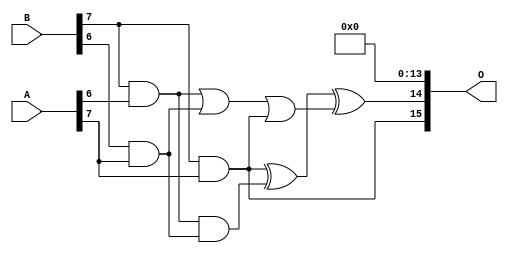
// This program was cloned from: https://github.com/ehw-fit/evoapproxlib
// License: MIT License

/***
* This code is a part of EvoApproxLib library (ehw.fit.vutbr.cz/approxlib) distributed under The MIT License.
* When used, please cite the following article(s): V. Mrazek, Z. Vasicek, L. Sekanina, H. Jiang and J. Han, "Scalable Construction of Approximate Multipliers With Formally Guaranteed Worst Case Error" in IEEE Transactions on Very Large Scale Integration (VLSI) Systems, vol. 26, no. 11, pp. 2572-2576, Nov. 2018. doi: 10.1109/TVLSI.2018.2856362 
* This file contains a circuit from a sub-set of pareto optimal circuits with respect to the pwr and mse parameters
***/
// MAE% = 0.0013 %
// MAE = 54059 
// WCE% = 0.0062 %
// WCE = 266045 
// WCRE% = 300.00 %
// EP% = 99.98 %
// MRE% = 0.083 %
// MSE = 44379.574e5 
// PDK45_PWR = 1.230 mW
// PDK45_AREA = 2044.7 um2
// PDK45_DELAY = 2.90 ns

module mult8_cgp14ep_ep65536_wc16384_2_csamcsa (
    A,
    B,
    O
);

input [7:0] A;
input [7:0] B;
output [15:0] O;

wire sig_225,sig_267,sig_268,sig_299,sig_300,sig_302,sig_328,sig_331;

assign sig_225 = B[7] & A[6];
assign sig_267 = B[6] & A[7];
assign sig_268 = B[7] & A[7];
assign sig_299 = sig_225 | sig_267;
assign sig_300 = sig_225 & sig_267;
assign sig_302 = sig_299 | sig_268;
assign sig_328 = sig_268 ^ sig_300;
assign sig_331 = sig_328 ^ sig_302;

assign O[15] = sig_268;
assign O[14] = sig_331;
assign O[13] = 1'b0;
assign O[12] = 1'b0;
assign O[11] = 1'b0;
assign O[10] = 1'b0;
assign O[9] = 1'b0;
assign O[8] = 1'b0;
assign O[7] = 1'b0;
assign O[6] = 1'b0;
assign O[5] = 1'b0;
assign O[4] = 1'b0;
assign O[3] = 1'b0;
assign O[2] = 1'b0;
assign O[1] = 1'b0;
assign O[0] = 1'b0;

endmodule

module mult8_cgp14ep_ep65536_wc493_rcam (
    A,
    B,
    O
);

input [7:0] A;
input [7:0] B;
output [15:0] O;

wire sig_20,sig_29,sig_31,sig_64,sig_65,sig_71,sig_72,sig_73,sig_75,sig_96,sig_97,sig_101,sig_102,sig_104,sig_105,sig_106,sig_107,sig_109,sig_110,sig_115;
wire sig_116,sig_117,sig_118,sig_136,sig_137,sig_145,sig_146,sig_147,sig_148,sig_149,sig_150,sig_151,sig_152,sig_153,sig_154,sig_155,sig_159,sig_160,sig_161,sig_162;
wire sig_163,sig_176,sig_177,sig_181,sig_182,sig_183,sig_184,sig_185,sig_186,sig_187,sig_188,sig_189,sig_190,sig_191,sig_192,sig_193,sig_194,sig_195,sig_196,sig_197;
wire sig_198,sig_199,sig_200,sig_203,sig_204,sig_205,sig_206,sig_207,sig_208,sig_217,sig_221,sig_222,sig_223,sig_224,sig_225,sig_226,sig_227,sig_228,sig_229,sig_230;
wire sig_231,sig_232,sig_233,sig_234,sig_235,sig_236,sig_237,sig_238,sig_239,sig_240,sig_241,sig_242,sig_243,sig_244,sig_245,sig_247,sig_248,sig_249,sig_250,sig_251;
wire sig_252,sig_253,sig_261,sig_262,sig_266,sig_267,sig_268,sig_269,sig_270,sig_271,sig_272,sig_273,sig_274,sig_275,sig_276,sig_277,sig_278,sig_279,sig_280,sig_281;
wire sig_282,sig_283,sig_284,sig_285,sig_286,sig_287,sig_288,sig_289,sig_290,sig_291,sig_292,sig_293,sig_294,sig_295,sig_296,sig_297,sig_298,sig_299,sig_301,sig_302;
wire sig_303,sig_304,sig_305,sig_306,sig_307,sig_308,sig_309,sig_310,sig_311,sig_312,sig_313,sig_314,sig_315,sig_316,sig_317,sig_318,sig_319,sig_320,sig_321,sig_322;
wire sig_323,sig_324,sig_325,sig_326,sig_327,sig_328,sig_329,sig_330,sig_331,sig_332,sig_333,sig_334,sig_335;

assign sig_20 = B[6] & A[1];
assign sig_29 = B[7] & A[0];
assign sig_31 = B[7] & A[1];
assign sig_64 = sig_29 ^ sig_31;
assign sig_65 = sig_29 & A[1];
assign sig_71 = B[5] & A[2];
assign sig_72 = B[6] & A[2];
assign sig_73 = B[7] & A[2];
assign sig_75 = sig_64 & B[7];
assign sig_96 = sig_20 | sig_71;
assign sig_97 = sig_20 & sig_71;
assign sig_101 = sig_75 ^ sig_72;
assign sig_102 = sig_64 & sig_72;
assign sig_104 = sig_101 ^ sig_97;
assign sig_105 = sig_102 | sig_97;
assign sig_106 = sig_65 ^ sig_73;
assign sig_107 = sig_65 & A[2];
assign sig_109 = sig_106 ^ sig_105;
assign sig_110 = sig_107 | sig_102;
assign sig_115 = B[4] & A[3];
assign sig_116 = B[5] & A[3];
assign sig_117 = B[6] & A[3];
assign sig_118 = B[7] & A[3];
assign sig_136 = sig_96 | sig_115;
assign sig_137 = sig_96 & sig_115;
assign sig_145 = sig_116 | sig_104;
assign sig_146 = sig_109 ^ sig_117;
assign sig_147 = sig_109 & sig_117;
assign sig_148 = sig_146 & sig_145;
assign sig_149 = sig_146 ^ sig_145;
assign sig_150 = sig_147 | sig_148;
assign sig_151 = sig_110 ^ sig_118;
assign sig_152 = sig_110 & A[3];
assign sig_153 = sig_118 & sig_150;
assign sig_154 = sig_151 ^ sig_150;
assign sig_155 = sig_152 | sig_153;
assign sig_159 = B[3] & A[4];
assign sig_160 = B[4] & A[4];
assign sig_161 = B[5] & A[4];
assign sig_162 = B[6] & A[4];
assign sig_163 = B[7] & A[4];
assign sig_176 = sig_136 | A[4];
assign sig_177 = sig_136 & sig_159;
assign sig_181 = sig_137 ^ sig_160;
assign sig_182 = sig_137 & A[4];
assign sig_183 = sig_181 & sig_177;
assign sig_184 = sig_181 ^ sig_177;
assign sig_185 = sig_182 | sig_183;
assign sig_186 = sig_149 ^ sig_161;
assign sig_187 = sig_149 & sig_161;
assign sig_188 = sig_186 & sig_185;
assign sig_189 = sig_186 ^ sig_185;
assign sig_190 = sig_187 | sig_188;
assign sig_191 = sig_154 ^ sig_162;
assign sig_192 = sig_154 & sig_162;
assign sig_193 = sig_191 & sig_190;
assign sig_194 = sig_191 ^ sig_190;
assign sig_195 = sig_192 | sig_193;
assign sig_196 = sig_155 ^ sig_163;
assign sig_197 = sig_155 & A[4];
assign sig_198 = sig_163 & sig_195;
assign sig_199 = sig_196 ^ sig_195;
assign sig_200 = sig_197 | sig_198;
assign sig_203 = B[2] & A[5];
assign sig_204 = B[3] & A[5];
assign sig_205 = B[4] & A[5];
assign sig_206 = B[5] & A[5];
assign sig_207 = B[6] & A[5];
assign sig_208 = B[7] & A[5];
assign sig_217 = sig_176 & sig_203;
assign sig_221 = sig_184 ^ sig_204;
assign sig_222 = sig_184 & sig_204;
assign sig_223 = sig_221 & sig_217;
assign sig_224 = sig_221 ^ sig_217;
assign sig_225 = sig_222 | sig_223;
assign sig_226 = sig_189 ^ sig_205;
assign sig_227 = sig_189 & sig_205;
assign sig_228 = sig_226 & sig_225;
assign sig_229 = sig_226 ^ sig_225;
assign sig_230 = sig_227 | sig_228;
assign sig_231 = sig_194 ^ sig_206;
assign sig_232 = sig_194 & sig_206;
assign sig_233 = sig_231 & sig_230;
assign sig_234 = sig_231 ^ sig_230;
assign sig_235 = sig_232 | sig_233;
assign sig_236 = sig_199 ^ sig_207;
assign sig_237 = sig_199 & sig_207;
assign sig_238 = sig_236 & sig_235;
assign sig_239 = sig_236 ^ sig_235;
assign sig_240 = sig_237 | sig_238;
assign sig_241 = sig_200 ^ sig_208;
assign sig_242 = sig_200 & A[5];
assign sig_243 = B[7] & sig_240;
assign sig_244 = sig_241 ^ sig_240;
assign sig_245 = sig_242 | sig_243;
assign sig_247 = B[1] & A[6];
assign sig_248 = B[2] & A[6];
assign sig_249 = B[3] & A[6];
assign sig_250 = B[4] & A[6];
assign sig_251 = B[5] & A[6];
assign sig_252 = B[6] & A[6];
assign sig_253 = B[7] & A[6];
assign sig_261 = sig_224 ^ sig_248;
assign sig_262 = sig_224 & sig_248;
assign sig_266 = sig_229 ^ sig_249;
assign sig_267 = sig_229 & sig_249;
assign sig_268 = sig_266 & sig_262;
assign sig_269 = sig_266 ^ sig_262;
assign sig_270 = sig_267 | sig_268;
assign sig_271 = sig_234 ^ sig_250;
assign sig_272 = sig_234 & sig_250;
assign sig_273 = sig_271 & sig_270;
assign sig_274 = sig_271 ^ sig_270;
assign sig_275 = sig_272 | sig_273;
assign sig_276 = sig_239 ^ sig_251;
assign sig_277 = sig_239 & sig_251;
assign sig_278 = sig_276 & sig_275;
assign sig_279 = sig_276 ^ sig_275;
assign sig_280 = sig_277 | sig_278;
assign sig_281 = sig_244 ^ sig_252;
assign sig_282 = sig_244 & sig_252;
assign sig_283 = sig_281 & sig_280;
assign sig_284 = sig_281 ^ sig_280;
assign sig_285 = sig_282 | sig_283;
assign sig_286 = sig_245 ^ sig_253;
assign sig_287 = sig_245 & sig_253;
assign sig_288 = B[7] & sig_285;
assign sig_289 = sig_286 ^ sig_285;
assign sig_290 = sig_287 | sig_288;
assign sig_291 = B[0] & A[7];
assign sig_292 = B[1] & A[7];
assign sig_293 = B[2] & A[7];
assign sig_294 = B[3] & A[7];
assign sig_295 = B[4] & A[7];
assign sig_296 = B[5] & A[7];
assign sig_297 = B[6] & A[7];
assign sig_298 = B[7] & A[7];
assign sig_299 = sig_247 ^ sig_291;
assign sig_301 = sig_261 ^ sig_292;
assign sig_302 = sig_261 & sig_292;
assign sig_303 = sig_247 & sig_291;
assign sig_304 = sig_301 ^ sig_303;
assign sig_305 = sig_302 | sig_303;
assign sig_306 = sig_269 ^ sig_293;
assign sig_307 = sig_269 & sig_293;
assign sig_308 = sig_306 & sig_305;
assign sig_309 = sig_306 ^ sig_305;
assign sig_310 = sig_307 | sig_308;
assign sig_311 = sig_274 ^ sig_294;
assign sig_312 = sig_274 & sig_294;
assign sig_313 = sig_311 & sig_310;
assign sig_314 = sig_311 ^ sig_310;
assign sig_315 = sig_312 | sig_313;
assign sig_316 = sig_279 ^ sig_295;
assign sig_317 = sig_279 & sig_295;
assign sig_318 = sig_316 & sig_315;
assign sig_319 = sig_316 ^ sig_315;
assign sig_320 = sig_317 | sig_318;
assign sig_321 = sig_284 ^ sig_296;
assign sig_322 = sig_284 & sig_296;
assign sig_323 = sig_321 & sig_320;
assign sig_324 = sig_321 ^ sig_320;
assign sig_325 = sig_322 | sig_323;
assign sig_326 = sig_289 ^ sig_297;
assign sig_327 = sig_289 & sig_297;
assign sig_328 = sig_326 & sig_325;
assign sig_329 = sig_326 ^ sig_325;
assign sig_330 = sig_327 | sig_328;
assign sig_331 = sig_290 ^ sig_298;
assign sig_332 = sig_290 & sig_298;
assign sig_333 = B[7] & sig_330;
assign sig_334 = sig_331 ^ sig_330;
assign sig_335 = sig_332 | sig_333;

assign O[15] = sig_335;
assign O[14] = sig_334;
assign O[13] = sig_329;
assign O[12] = sig_324;
assign O[11] = sig_319;
assign O[10] = sig_314;
assign O[9] = sig_309;
assign O[8] = sig_304;
assign O[7] = sig_299;
assign O[6] = sig_247;
assign O[5] = sig_177;
assign O[4] = sig_136;
assign O[3] = sig_262;
assign O[2] = sig_262;
assign O[1] = sig_200;
assign O[0] = sig_277;

endmodule



module mul8_364(A, B, O);
  input [7:0] A;
  input [7:0] B;
  output [15:0] O;
  wire [2031:0] N;

  assign N[0] = A[0];
  assign N[1] = A[0];
  assign N[2] = A[1];
  assign N[3] = A[1];
  assign N[4] = A[2];
  assign N[5] = A[2];
  assign N[6] = A[3];
  assign N[7] = A[3];
  assign N[8] = A[4];
  assign N[9] = A[4];
  assign N[10] = A[5];
  assign N[11] = A[5];
  assign N[12] = A[6];
  assign N[13] = A[6];
  assign N[14] = A[7];
  assign N[15] = A[7];
  assign N[16] = B[0];
  assign N[17] = B[0];
  assign N[18] = B[1];
  assign N[19] = B[1];
  assign N[20] = B[2];
  assign N[21] = B[2];
  assign N[22] = B[3];
  assign N[23] = B[3];
  assign N[24] = B[4];
  assign N[25] = B[4];
  assign N[26] = B[5];
  assign N[27] = B[5];
  assign N[28] = B[6];
  assign N[29] = B[6];
  assign N[30] = B[7];
  assign N[31] = B[7];

  PDKGENAND2X1 n32(.A(N[0]), .B(N[16]), .Y(N[32]));
  PDKGENAND2X1 n48(.A(N[2]), .B(N[16]), .Y(N[48]));
  PDKGENAND2X1 n64(.A(N[4]), .B(N[16]), .Y(N[64]));
  PDKGENAND2X1 n82(.A(N[6]), .B(N[16]), .Y(N[82]));
  PDKGENAND2X1 n98(.A(N[8]), .B(N[16]), .Y(N[98]));
  PDKGENAND2X1 n114(.A(N[10]), .B(N[16]), .Y(N[114]));
  PDKGENAND2X1 n132(.A(N[12]), .B(N[16]), .Y(N[132]));
  PDKGENAND2X1 n148(.A(N[14]), .B(N[16]), .Y(N[148]));
  assign N[149] = N[148];
  PDKGENAND2X1 n164(.A(N[0]), .B(N[18]), .Y(N[164]));
  PDKGENBUFX2 n166(.A(N[149]), .Y(N[166]));
  assign N[167] = N[166];
  PDKGENAND2X1 n182(.A(N[2]), .B(N[18]), .Y(N[182]));
  PDKGENAND2X1 n198(.A(N[4]), .B(N[18]), .Y(N[198]));
  PDKGENAND2X1 n214(.A(N[6]), .B(N[18]), .Y(N[214]));
  PDKGENAND2X1 n232(.A(N[8]), .B(N[18]), .Y(N[232]));
  PDKGENAND2X1 n248(.A(N[10]), .B(N[18]), .Y(N[248]));
  PDKGENAND2X1 n264(.A(N[12]), .B(N[18]), .Y(N[264]));
  PDKGENAND2X1 n282(.A(N[14]), .B(N[18]), .Y(N[282]));
  PDKGENHAX1 n298(.A(N[48]), .B(N[164]), .YS(N[298]), .YC(N[299]));
  PDKGENHAX1 n314(.A(N[64]), .B(N[182]), .YS(N[314]), .YC(N[315]));
  PDKGENHAX1 n332(.A(N[82]), .B(N[198]), .YS(N[332]), .YC(N[333]));
  PDKGENHAX1 n348(.A(N[98]), .B(N[214]), .YS(N[348]), .YC(N[349]));
  PDKGENHAX1 n364(.A(N[114]), .B(N[232]), .YS(N[364]), .YC(N[365]));
  PDKGENHAX1 n382(.A(N[132]), .B(N[248]), .YS(N[382]), .YC(N[383]));
  PDKGENHAX1 n398(.A(N[167]), .B(N[264]), .YS(N[398]), .YC(N[399]));
  PDKGENAND2X1 n414(.A(N[0]), .B(N[20]), .Y(N[414]));
  PDKGENAND2X1 n432(.A(N[2]), .B(N[20]), .Y(N[432]));
  PDKGENAND2X1 n448(.A(N[4]), .B(N[20]), .Y(N[448]));
  PDKGENAND2X1 n464(.A(N[6]), .B(N[20]), .Y(N[464]));
  PDKGENAND2X1 n482(.A(N[8]), .B(N[20]), .Y(N[482]));
  PDKGENAND2X1 n498(.A(N[10]), .B(N[20]), .Y(N[498]));
  PDKGENAND2X1 n514(.A(N[12]), .B(N[20]), .Y(N[514]));
  PDKGENAND2X1 n532(.A(N[14]), .B(N[20]), .Y(N[532]));
  PDKGENFAX1 n548(.A(N[314]), .B(N[414]), .C(N[299]), .YS(N[548]), .YC(N[549]));
  PDKGENFAX1 n564(.A(N[332]), .B(N[432]), .C(N[315]), .YS(N[564]), .YC(N[565]));
  PDKGENFAX1 n582(.A(N[348]), .B(N[448]), .C(N[333]), .YS(N[582]), .YC(N[583]));
  PDKGENFAX1 n598(.A(N[364]), .B(N[464]), .C(N[349]), .YS(N[598]), .YC(N[599]));
  PDKGENFAX1 n614(.A(N[382]), .B(N[482]), .C(N[365]), .YS(N[614]), .YC(N[615]));
  PDKGENFAX1 n632(.A(N[398]), .B(N[498]), .C(N[383]), .YS(N[632]), .YC(N[633]));
  PDKGENFAX1 n648(.A(N[282]), .B(N[514]), .C(N[399]), .YS(N[648]), .YC(N[649]));
  PDKGENAND2X1 n664(.A(N[0]), .B(N[22]), .Y(N[664]));
  PDKGENAND2X1 n682(.A(N[2]), .B(N[22]), .Y(N[682]));
  PDKGENAND2X1 n698(.A(N[4]), .B(N[22]), .Y(N[698]));
  PDKGENAND2X1 n714(.A(N[6]), .B(N[22]), .Y(N[714]));
  PDKGENAND2X1 n732(.A(N[8]), .B(N[22]), .Y(N[732]));
  PDKGENAND2X1 n748(.A(N[10]), .B(N[22]), .Y(N[748]));
  PDKGENAND2X1 n764(.A(N[12]), .B(N[22]), .Y(N[764]));
  PDKGENAND2X1 n782(.A(N[14]), .B(N[22]), .Y(N[782]));
  PDKGENFAX1 n798(.A(N[564]), .B(N[664]), .C(N[549]), .YS(N[798]), .YC(N[799]));
  PDKGENFAX1 n814(.A(N[582]), .B(N[682]), .C(N[565]), .YS(N[814]), .YC(N[815]));
  PDKGENFAX1 n832(.A(N[598]), .B(N[698]), .C(N[583]), .YS(N[832]), .YC(N[833]));
  PDKGENFAX1 n848(.A(N[614]), .B(N[714]), .C(N[599]), .YS(N[848]), .YC(N[849]));
  PDKGENFAX1 n864(.A(N[632]), .B(N[732]), .C(N[615]), .YS(N[864]), .YC(N[865]));
  PDKGENFAX1 n882(.A(N[648]), .B(N[748]), .C(N[633]), .YS(N[882]), .YC(N[883]));
  PDKGENFAX1 n898(.A(N[532]), .B(N[764]), .C(N[649]), .YS(N[898]), .YC(N[899]));
  PDKGENAND2X1 n914(.A(N[0]), .B(N[24]), .Y(N[914]));
  PDKGENAND2X1 n932(.A(N[2]), .B(N[24]), .Y(N[932]));
  PDKGENAND2X1 n948(.A(N[4]), .B(N[24]), .Y(N[948]));
  PDKGENAND2X1 n964(.A(N[6]), .B(N[24]), .Y(N[964]));
  PDKGENAND2X1 n982(.A(N[8]), .B(N[24]), .Y(N[982]));
  PDKGENAND2X1 n998(.A(N[10]), .B(N[24]), .Y(N[998]));
  PDKGENAND2X1 n1014(.A(N[12]), .B(N[24]), .Y(N[1014]));
  PDKGENAND2X1 n1032(.A(N[14]), .B(N[24]), .Y(N[1032]));
  PDKGENFAX1 n1048(.A(N[814]), .B(N[914]), .C(N[799]), .YS(N[1048]), .YC(N[1049]));
  PDKGENFAX1 n1064(.A(N[832]), .B(N[932]), .C(N[815]), .YS(N[1064]), .YC(N[1065]));
  PDKGENFAX1 n1082(.A(N[848]), .B(N[948]), .C(N[833]), .YS(N[1082]), .YC(N[1083]));
  PDKGENFAX1 n1098(.A(N[864]), .B(N[964]), .C(N[849]), .YS(N[1098]), .YC(N[1099]));
  PDKGENFAX1 n1114(.A(N[882]), .B(N[982]), .C(N[865]), .YS(N[1114]), .YC(N[1115]));
  PDKGENFAX1 n1132(.A(N[898]), .B(N[998]), .C(N[883]), .YS(N[1132]), .YC(N[1133]));
  PDKGENFAX1 n1148(.A(N[782]), .B(N[1014]), .C(N[899]), .YS(N[1148]), .YC(N[1149]));
  PDKGENAND2X1 n1164(.A(N[0]), .B(N[26]), .Y(N[1164]));
  PDKGENAND2X1 n1182(.A(N[2]), .B(N[26]), .Y(N[1182]));
  PDKGENAND2X1 n1198(.A(N[4]), .B(N[26]), .Y(N[1198]));
  PDKGENAND2X1 n1214(.A(N[6]), .B(N[26]), .Y(N[1214]));
  PDKGENAND2X1 n1232(.A(N[8]), .B(N[26]), .Y(N[1232]));
  PDKGENAND2X1 n1248(.A(N[10]), .B(N[26]), .Y(N[1248]));
  PDKGENAND2X1 n1264(.A(N[12]), .B(N[26]), .Y(N[1264]));
  PDKGENAND2X1 n1282(.A(N[14]), .B(N[26]), .Y(N[1282]));
  PDKGENFAX1 n1298(.A(N[1064]), .B(N[1164]), .C(N[1049]), .YS(N[1298]), .YC(N[1299]));
  PDKGENFAX1 n1314(.A(N[1082]), .B(N[1182]), .C(N[1065]), .YS(N[1314]), .YC(N[1315]));
  PDKGENFAX1 n1332(.A(N[1098]), .B(N[1198]), .C(N[1083]), .YS(N[1332]), .YC(N[1333]));
  PDKGENFAX1 n1348(.A(N[1114]), .B(N[1214]), .C(N[1099]), .YS(N[1348]), .YC(N[1349]));
  PDKGENFAX1 n1364(.A(N[1132]), .B(N[1232]), .C(N[1115]), .YS(N[1364]), .YC(N[1365]));
  PDKGENFAX1 n1382(.A(N[1148]), .B(N[1248]), .C(N[1133]), .YS(N[1382]), .YC(N[1383]));
  PDKGENFAX1 n1398(.A(N[1032]), .B(N[1264]), .C(N[1149]), .YS(N[1398]), .YC(N[1399]));
  PDKGENAND2X1 n1414(.A(N[0]), .B(N[28]), .Y(N[1414]));
  PDKGENAND2X1 n1432(.A(N[2]), .B(N[28]), .Y(N[1432]));
  PDKGENAND2X1 n1448(.A(N[4]), .B(N[28]), .Y(N[1448]));
  PDKGENAND2X1 n1464(.A(N[6]), .B(N[28]), .Y(N[1464]));
  PDKGENAND2X1 n1482(.A(N[8]), .B(N[28]), .Y(N[1482]));
  PDKGENAND2X1 n1498(.A(N[10]), .B(N[28]), .Y(N[1498]));
  PDKGENAND2X1 n1514(.A(N[12]), .B(N[28]), .Y(N[1514]));
  PDKGENAND2X1 n1532(.A(N[14]), .B(N[28]), .Y(N[1532]));
  PDKGENFAX1 n1548(.A(N[1314]), .B(N[1414]), .C(N[1299]), .YS(N[1548]), .YC(N[1549]));
  PDKGENFAX1 n1564(.A(N[1332]), .B(N[1432]), .C(N[1315]), .YS(N[1564]), .YC(N[1565]));
  PDKGENFAX1 n1582(.A(N[1348]), .B(N[1448]), .C(N[1333]), .YS(N[1582]), .YC(N[1583]));
  PDKGENFAX1 n1598(.A(N[1364]), .B(N[1464]), .C(N[1349]), .YS(N[1598]), .YC(N[1599]));
  PDKGENFAX1 n1614(.A(N[1382]), .B(N[1482]), .C(N[1365]), .YS(N[1614]), .YC(N[1615]));
  PDKGENFAX1 n1632(.A(N[1398]), .B(N[1498]), .C(N[1383]), .YS(N[1632]), .YC(N[1633]));
  PDKGENFAX1 n1648(.A(N[1282]), .B(N[1514]), .C(N[1399]), .YS(N[1648]), .YC(N[1649]));
  PDKGENAND2X1 n1664(.A(N[0]), .B(N[30]), .Y(N[1664]));
  PDKGENAND2X1 n1682(.A(N[2]), .B(N[30]), .Y(N[1682]));
  PDKGENAND2X1 n1698(.A(N[4]), .B(N[30]), .Y(N[1698]));
  PDKGENAND2X1 n1714(.A(N[6]), .B(N[30]), .Y(N[1714]));
  PDKGENAND2X1 n1732(.A(N[8]), .B(N[30]), .Y(N[1732]));
  PDKGENAND2X1 n1748(.A(N[10]), .B(N[30]), .Y(N[1748]));
  PDKGENAND2X1 n1764(.A(N[12]), .B(N[30]), .Y(N[1764]));
  PDKGENAND2X1 n1782(.A(N[14]), .B(N[30]), .Y(N[1782]));
  PDKGENFAX1 n1798(.A(N[1564]), .B(N[1664]), .C(N[1549]), .YS(N[1798]), .YC(N[1799]));
  PDKGENFAX1 n1814(.A(N[1582]), .B(N[1682]), .C(N[1565]), .YS(N[1814]), .YC(N[1815]));
  PDKGENFAX1 n1832(.A(N[1598]), .B(N[1698]), .C(N[1583]), .YS(N[1832]), .YC(N[1833]));
  PDKGENFAX1 n1848(.A(N[1614]), .B(N[1714]), .C(N[1599]), .YS(N[1848]), .YC(N[1849]));
  PDKGENFAX1 n1864(.A(N[1632]), .B(N[1732]), .C(N[1615]), .YS(N[1864]), .YC(N[1865]));
  PDKGENFAX1 n1882(.A(N[1648]), .B(N[1748]), .C(N[1633]), .YS(N[1882]), .YC(N[1883]));
  PDKGENFAX1 n1898(.A(N[1532]), .B(N[1764]), .C(N[1649]), .YS(N[1898]), .YC(N[1899]));
  PDKGENHAX1 n1914(.A(N[1814]), .B(N[1799]), .YS(N[1914]), .YC(N[1915]));
  PDKGENFAX1 n1932(.A(N[1832]), .B(N[1815]), .C(N[1915]), .YS(N[1932]), .YC(N[1933]));
  PDKGENFAX1 n1948(.A(N[1848]), .B(N[1833]), .C(N[1933]), .YS(N[1948]), .YC(N[1949]));
  PDKGENFAX1 n1964(.A(N[1864]), .B(N[1849]), .C(N[1949]), .YS(N[1964]), .YC(N[1965]));
  PDKGENFAX1 n1982(.A(N[1882]), .B(N[1865]), .C(N[1965]), .YS(N[1982]), .YC(N[1983]));
  PDKGENFAX1 n1998(.A(N[1898]), .B(N[1883]), .C(N[1983]), .YS(N[1998]), .YC(N[1999]));
  PDKGENFAX1 n2014(.A(N[1782]), .B(N[1899]), .C(N[1999]), .YS(N[2014]), .YC(N[2015]));

  assign O[0] = N[32];
  assign O[1] = N[298];
  assign O[2] = N[548];
  assign O[3] = N[798];
  assign O[4] = N[1048];
  assign O[5] = N[1298];
  assign O[6] = N[1548];
  assign O[7] = N[1798];
  assign O[8] = N[1914];
  assign O[9] = N[1932];
  assign O[10] = N[1948];
  assign O[11] = N[1964];
  assign O[12] = N[1982];
  assign O[13] = N[1998];
  assign O[14] = N[2014];
  assign O[15] = N[2015];

endmodule

module CLA32bit(a,b,c_in,sum,c_out);

input [31:0]a,b;
input c_in;
output [31:0]sum;
output c_out;

wire [31:0] sum_out,  p,  g;
wire [7:0] PPP, GGG;
wire [8:0] CC;

assign p[31:0] = a[31:0] ^ b[31:0];
assign g[31:0] = a[31:0] & b[31:0];

assign PPP[0]= p [3] & p [2] & p [1] & p [0];
assign PPP[1]= p [7] & p [6] & p [5] & p [4];
assign PPP[2]= p[11] & p[10] & p [9] & p [8];
assign PPP[3]= p[15] & p[14] & p[13] & p[12];
assign PPP[4]= p[19] & p[18] & p[17] & p[16];
assign PPP[5]= p[23] & p[22] & p[21] & p[20];
assign PPP[6]= p[27] & p[26] & p[25] & p[24];
assign PPP[7]= p[31] & p[30] & p[29] & p[28];

assign GGG[0]= g[3]  | (p [3] & g [2])  | (p [3] & p [2] & g [1])  | (p [3] & p [2] & p [1] & g [0]) ;
assign GGG[1]= g[7]  | (p [7] & g [6])  | (p [7] & p [6] & g [5])  | (p [7] & p [6] & p [5] & g [4]);
assign GGG[2]= g[11] | (p[11] & g[10])  | (p[11] & p[10] & g [9])  | (p[11] & p[10] & p [9] & g [8]);
assign GGG[3]= g[15] | (p[15] & g[14])  | (p[15] & p[14] & g[13])  | (p[15] & p[14] & p[13] & g[12]);
assign GGG[4]= g[19] | (p[19] & g[18])  | (p[19] & p[18] & g[17])  | (p[19] & p[18] & p[17] & g[16]);
assign GGG[5]= g[23] | (p[23] & g[22])  | (p[23] & p[22] & g[21])  | (p[23] & p[22] & p[21] & g[20]);
assign GGG[6]= g[27] | (p[27] & g[26])  | (p[27] & p[26] & g[25])  | (p[27] & p[26] & p[25] & g[24]);
assign GGG[7]= g[31] | (p[31] & g[30])  | (p[31] & p[30] & g[29])  | (p[31] & p[30] & p[29] & g[28]);
assign CC[0] = c_in;
assign CC[1] = GGG[0]  |  PPP[0]&  CC[0];
assign CC[2] = GGG[1]  |  PPP[1]&GGG[0]  |  PPP[1]&PPP[0]&  CC[0];
assign CC[3] = GGG[2]  |  PPP[2]&GGG[1]  |  PPP[2]&PPP[1]&GGG[0]  |  PPP[2]&PPP[1]&PPP[0]&  CC[0];
assign CC[4] = GGG[3]  |  PPP[3]&GGG[2]  |  PPP[3]&PPP[2]&GGG[1]  |  PPP[3]&PPP[2]&PPP[1]&GGG[0]  |  PPP[3]&PPP[2]&PPP[1]&PPP[0]&  CC[0];
assign CC[5] = GGG[4]  |  PPP[4]&GGG[3]  |  PPP[4]&PPP[3]&GGG[2]  |  PPP[4]&PPP[3]&PPP[2]&GGG[1]  |  PPP[4]&PPP[3]&PPP[2]&PPP[1]&GGG[0] |  PPP[4]&PPP[3]&PPP[2]&PPP[1]&PPP[0]&  CC[0];
assign CC[6] = GGG[5]  |  PPP[5]&GGG[4]  |  PPP[5]&PPP[4]&GGG[3]  |  PPP[5]&PPP[4]&PPP[3]&GGG[2]  |  PPP[5]&PPP[4]&PPP[3]&PPP[2]&GGG[1] |  PPP[5]&PPP[4]&PPP[3]&PPP[2]&PPP[1]&GGG[0] |  PPP[5]&PPP[4]&PPP[3]&PPP[2]&PPP[1]&PPP[0]& CC[0];
assign CC[7] = GGG[6]  | PPP[6]&GGG[5]  |  PPP[6]&PPP[5]&GGG[4]  |  PPP[6]&PPP[5]&PPP[4]&GGG[3]  |  PPP[6]&PPP[5]&PPP[4]&PPP[3]&GGG[2]  |  PPP[6]&PPP[5]&PPP[4]&PPP[3]&PPP[2]&GGG[1] |  PPP[6]&PPP[5]&PPP[4]&PPP[3]&PPP[2]&PPP[1]&GGG[0] |  PPP[6]&PPP[5]&PPP[4]&PPP[3]&PPP[2]&PPP[1]&PPP[0] & CC[0];
assign CC[8] = GGG[7] | PPP[7]&GGG[6]  | PPP[7]&PPP[6]&GGG[5]  |  PPP[7]&PPP[6]&PPP[5]&GGG[4]  |  PPP[7]&PPP[6]&PPP[5]&PPP[4]&GGG[3]  |  PPP[7]&PPP[6]&PPP[5]&PPP[4]&PPP[3]&GGG[2]  |  PPP[7]&PPP[6]&PPP[5]&PPP[4]&PPP[3]&PPP[2]&GGG[1] |  PPP[7]&PPP[6]&PPP[5]&PPP[4]&PPP[3]&PPP[2]&PPP[1]&GGG[0] |  PPP[7]&PPP[6]&PPP[5]&PPP[4]&PPP[3]&PPP[2]&PPP[1]&PPP[0] & CC[0];
cla_4bit cla4bit1(.aa(a  [3:0]),  .bb(b  [3:0]),  .cin(CC[0]),   .pp(p  [3:0]),  .gg(g  [3:0]),   .summ(sum  [3:0]));
cla_4bit cla4bit2(.aa(a  [7:4]),  .bb(b  [7:4]),  .cin(CC[1]),   .pp(p  [7:4]),  .gg(g  [7:4]),   .summ(sum  [7:4]));
cla_4bit cla4bit3(.aa(a [11:8]),  .bb(b [11:8]),  .cin(CC[2]),   .pp(p [11:8]),  .gg(g [11:8]),   .summ(sum [11:8]));
cla_4bit cla4bit4(.aa(a[15:12]),  .bb(b[15:12]),  .cin(CC[3]),   .pp(p[15:12]),  .gg(g[15:12]),   .summ(sum[15:12]));
cla_4bit cla4bit5(.aa(a[19:16]),  .bb(b[19:16]),  .cin(CC[4]),   .pp(p[19:16]),  .gg(g[19:16]),   .summ(sum[19:16]));
cla_4bit cla4bit6(.aa(a[23:20]),  .bb(b[23:20]),  .cin(CC[5]),   .pp(p[23:20]),  .gg(g[23:20]),   .summ(sum[23:20]));
cla_4bit cla4bit7(.aa(a[27:24]),  .bb(b[27:24]),  .cin(CC[6]),   .pp(p[27:24]),  .gg(g[27:24]),   .summ(sum[27:24]));
cla_4bit cla4bit8(.aa(a[31:28]),  .bb(b[31:28]),  .cin(CC[7]),   .pp(p[31:28]),  .gg(g[31:28]),   .summ(sum[31:28]));

assign c_out=CC[8];

endmodule
module cla_4bit(aa,bb,cin,summ,pp,gg);
input  [3:0] aa,bb,pp,gg;  
input cin;
output [3:0] summ;

wire [3:0] c;

   assign c[0] = cin;
   assign c[1] = gg[0] | (pp[0] & c[0]);
   assign c[2] = gg[1] | (pp[1] & gg[0]) | (pp[1] & pp[0] & c[0]);
   assign c[3] = gg[2] | (pp[2] & gg[1]) | (pp[2] & pp[1] & gg[0])| (pp[2] & pp[1] & pp[0] & c[0]);

   assign summ[3:0] = pp[3:0]  ^  c[3:0];
endmodule

`timescale 1ns/100ps
module mul16u_94L ( input[15:0] A,
                   input[15:0] B,
                   output [31:0] O
                 );

wire [15:0] ll,lh,hl,hh;
wire [31:0] llhhlh_sum;
wire [31:0] shifted_llhh, shifted_lh, shifted_hl;

localparam MAX1 = 15;
localparam MIN1 = 8;

localparam MAX2 = 7;
localparam MIN2 = 0;

mult8_cgp14ep_ep65536_wc16384_2_csamcsa LxL (.A(A[MAX2:MIN2]), .B(B[MAX2:MIN2]), .O(ll));
mult8_cgp14ep_ep65536_wc493_rcam HxL (.A(A[MAX1:MIN1]), .B(B[MAX2:MIN2]), .O(hl));
mult8_cgp14ep_ep65536_wc493_rcam LxH (.A(A[MAX2:MIN2]), .B(B[MAX1:MIN1]), .O(lh));
mul8_364 HxH (.A(A[MAX1:MIN1]), .B(B[MAX1:MIN1]), .O(hh));

assign shifted_llhh = { hh, ll }; 
assign shifted_lh = { {8{1'b0}}, lh, {8{1'b0}}}; 
assign shifted_hl = { {8{1'b0}}, hl, {8{1'b0}}};
CLA32bit LLHHLH (.a(shifted_llhh), .b(shifted_lh), .c_in(1'b0), .sum(llhhlh_sum), .c_out());
CLA32bit SUMO (.a(llhhlh_sum), .b(shifted_hl), .c_in(1'b0), .sum(O), .c_out());

endmodule


/* mod */
module PDKGENFAX1( input A, input B, input C, output YS, output YC );
    assign YS = (A ^ B) ^ C;
    assign YC = (A & B) | (B & C) | (A & C);
endmodule
/* mod */
module PDKGENHAX1( input A, input B, output YS, output YC );
    assign YS = A ^ B;
    assign YC = A & B;
endmodule
/* mod */
module PDKGENAND2X1(input A, input B, output Y );
     assign Y = A & B;
endmodule
/* mod */
module PDKGENBUFX2(input A, output Y );
     assign Y = A;
endmodule